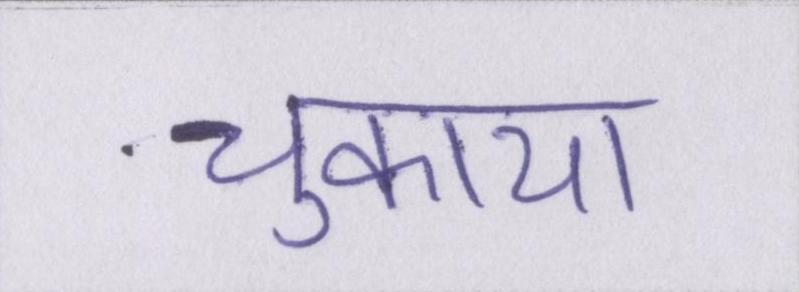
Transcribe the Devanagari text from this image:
चुकाया